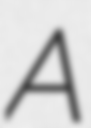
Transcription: A